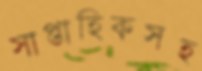
সাপ্তাহিকসহ